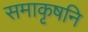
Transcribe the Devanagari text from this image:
समाकृषनि